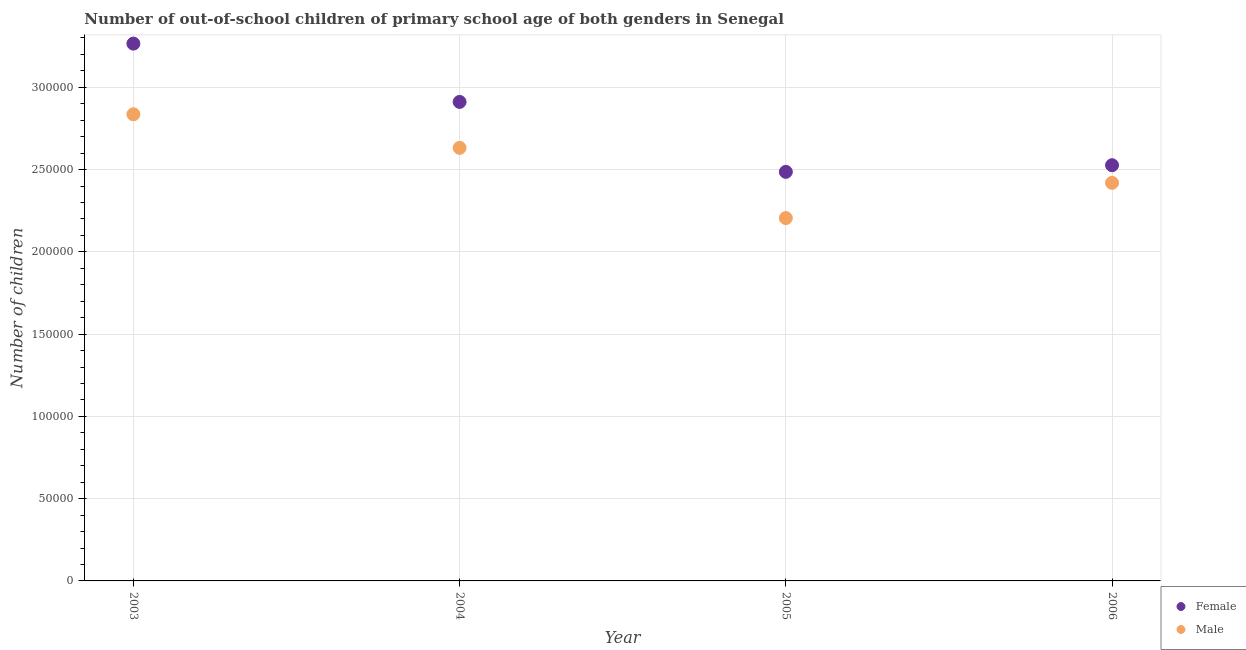
| Year | Female | Male |
 | --- | --- | --- |
 | 2003 | 3.27e+05 | 2.84e+05 |
 | 2004 | 2.91e+05 | 2.63e+05 |
 | 2005 | 2.49e+05 | 2.21e+05 |
 | 2006 | 2.53e+05 | 2.42e+05 |